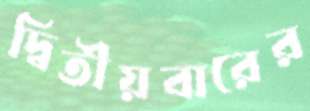
দ্বিতীয়বারের